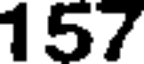
157